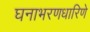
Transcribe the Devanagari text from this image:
घनाभरणधारिणे